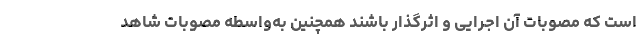
است که مصوبات آن اجرایی و اثرگذار باشند همچنین به‌واسطه مصوبات شاهد